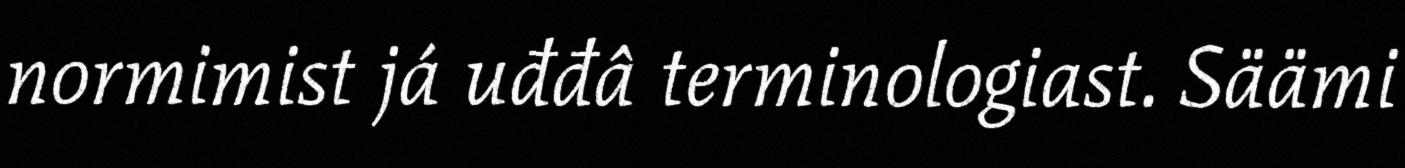
normimist já uđđâ terminologiast. Säämi